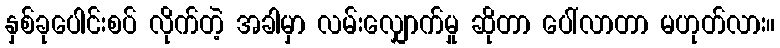
နှစ်ခုပေါင်းစပ် လိုက်တဲ့ အခါမှာ လမ်းလျှောက်မှု ဆိုတာ ပေါ်လာတာ မဟုတ်လား။